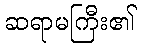
ဆရာမကြီး၏